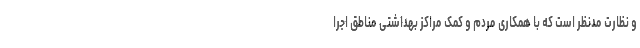
و نظارت مدنظر است که با همکاری مردم و کمک مراکز بهداشتی مناطق اجرا